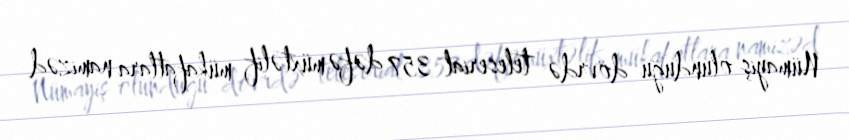
Nümayiş olunduğu dövrdə teleserial 357 dəfə müxtəlif mükafatlara namizəd